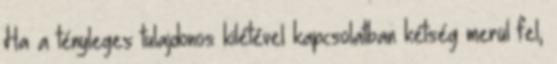
Ha a tényleges tulajdonos kilétével kapcsolatban kétség merül fel,